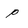
Character: p